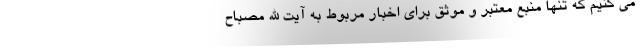
می کنیم که تنها منبع معتبر و موثق برای اخبار مربوط به آیت الله مصباح